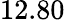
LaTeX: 12.80